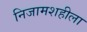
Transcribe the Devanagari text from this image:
निजामशहीला